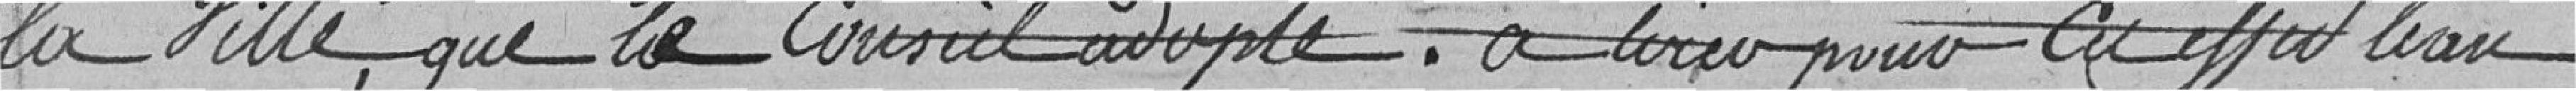
la Ville que le Conseil adopte à livrer pour cet effet l'eau